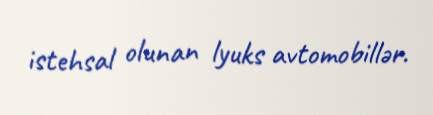
istehsal olunan lyuks avtomobillər.